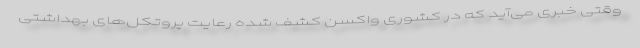
وقتی خبری می‌آید که در کشوری واکسن کشف شده رعایت پروتکل‌های بهداشتی